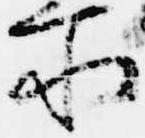
所